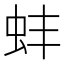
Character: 蚌